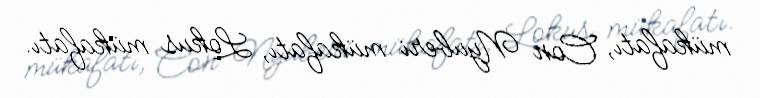
mükafatı, Con Nyuberi mükafatı, Lokus mükafatı.